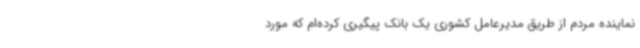
نماینده مردم از طریق مدیرعامل کشوری یک بانک پیگیری کرده‌ام که مورد